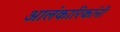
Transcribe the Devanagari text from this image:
आलंकारिकांनी